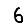
Digit: 6